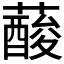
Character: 𦾹